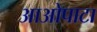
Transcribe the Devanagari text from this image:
आओपाटा